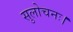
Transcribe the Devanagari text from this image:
सुलोचनः।